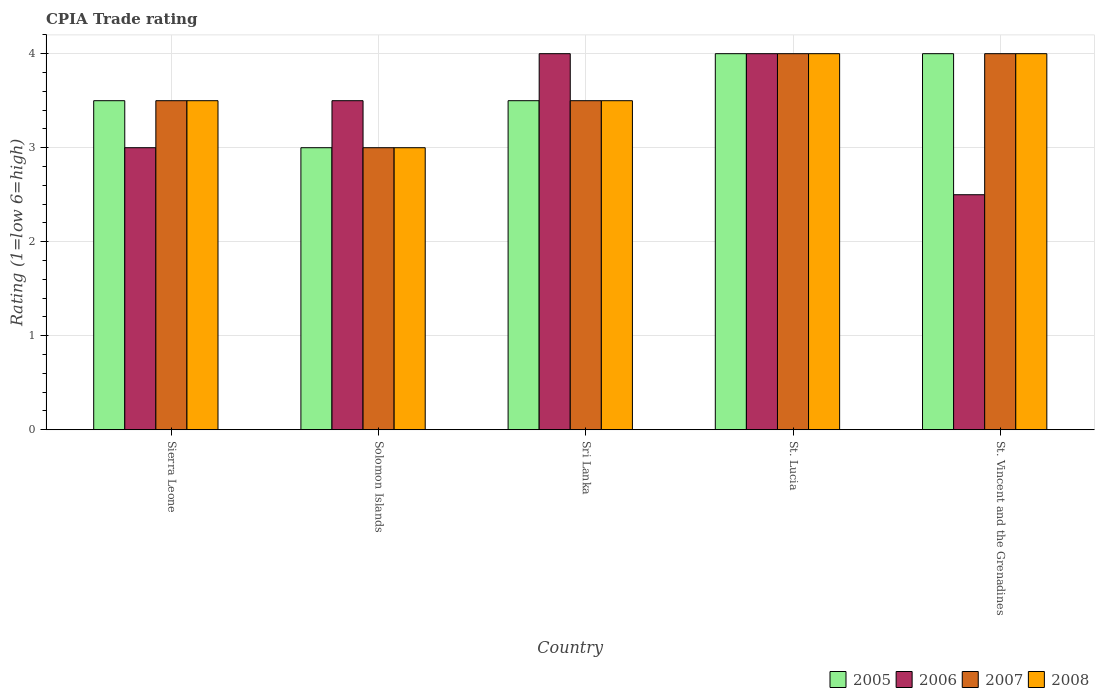
| Country | 2005 | 2006 | 2007 | 2008 |
 | --- | --- | --- | --- | --- |
 | Sierra Leone | 3.5 | 3 | 3.5 | 3.5 |
 | Solomon Islands | 3 | 3.5 | 3 | 3 |
 | Sri Lanka | 3.5 | 4 | 3.5 | 3.5 |
 | St. Lucia | 4 | 4 | 4 | 4 |
 | St. Vincent and the Grenadines | 4 | 2.5 | 4 | 4 |